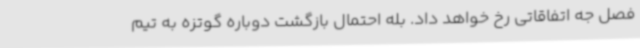
فصل جه اتفاقاتی رخ خواهد داد. بله احتمال بازگشت دوباره گوتزه به تیم